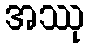
အဿု